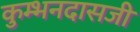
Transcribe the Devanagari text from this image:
कुम्भनदासजी